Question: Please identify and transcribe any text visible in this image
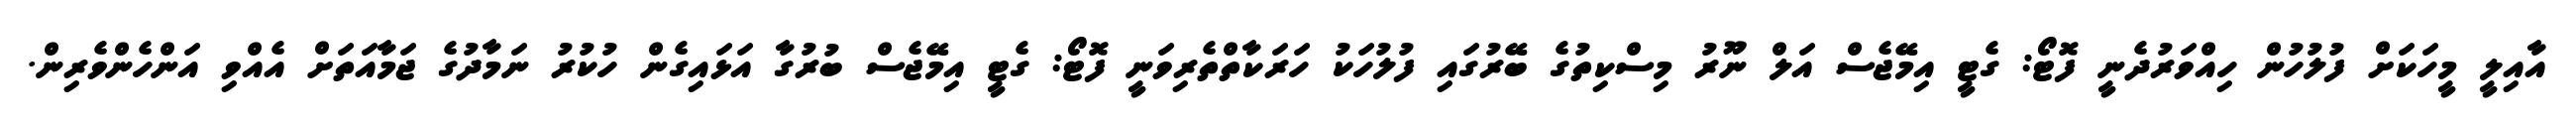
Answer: އާއިލީ މީހަކަށް ފުލުހުން ހިއްވަރުދެނީ ފޮޓޯ: ގެޓީ އިމޭޖެސް އަލް ނޫރު މިސްކިތުގެ ބޭރުގައި ފުލުހަކު ހަރަކާތްތެރިވަނީ ފޮޓޯ: ގެޓީ އިމޭޖެސް ބުރުގާ އަޅައިގެން ހުކުރު ނަމާދުގެ ޖަމާއަތަށް އެއްވި އަންހެންވެރިން.